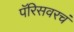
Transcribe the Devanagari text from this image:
पॅरिसवरचं